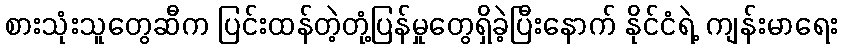
စားသုံးသူတွေဆီက ပြင်းထန်တဲ့တုံ့ပြန်မှုတွေရှိခဲ့ပြီးနောက် နိုင်ငံရဲ့ ကျန်းမာရေး